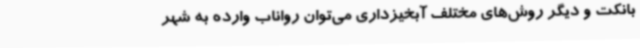
بانکت و دیگر روش‌های مختلف آبخیزداری می‌توان رواناب وارده به شهر